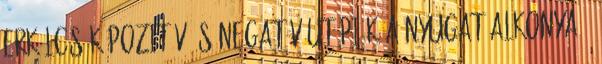
erkölcsök Pozitív és negatív utópiák A Nyugat alkonya ?